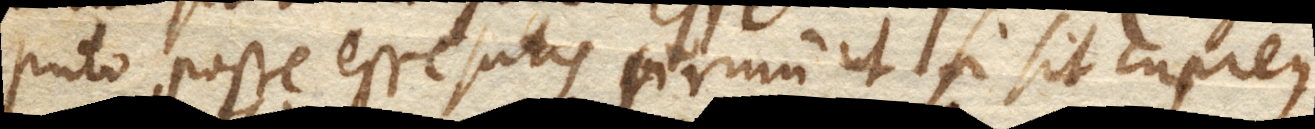
puto posse esse satis firmum ut si sit cupreus